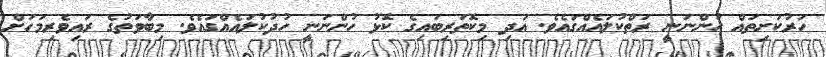
ހަރުކަށިތައް ހުންނަނީ ރަތްކުލައެއްގައެވެ. އަދި މިކޮތަރިބައިގެ ކޮޅު ހުންނަނީ ހުދުކުލައެއްގައެވެ. މިބާވަތުގެ ރައިވެރިމަހަށް